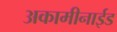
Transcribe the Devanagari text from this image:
अकामीनाईड